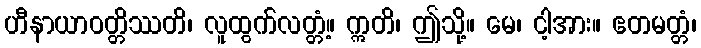
ဟီနာယာဝတ္တိဿတိ၊ လူထွက်လတ္တံ့။ ဣတိ၊ ဤသို့။ မေ၊ ငါ့အား။ ဧတမတ္တံ၊